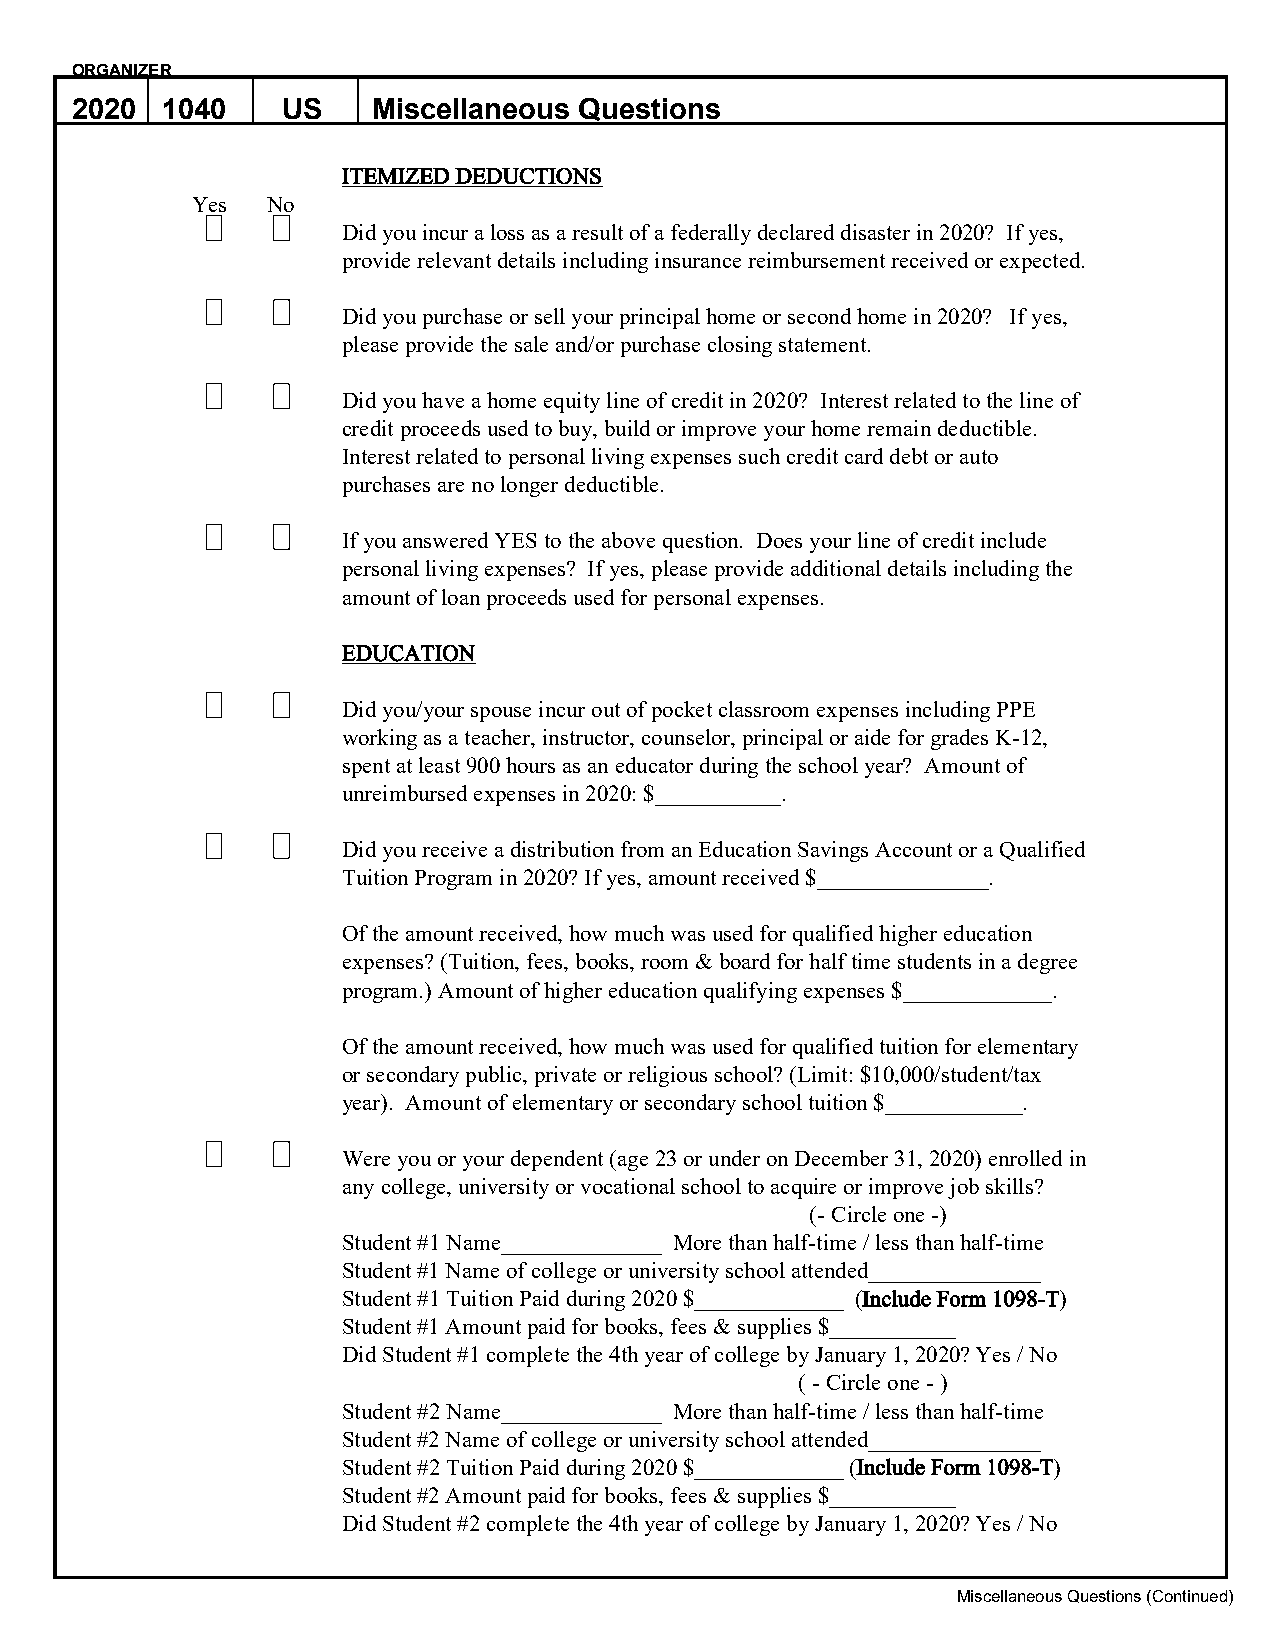
ORGANIZER
 2020  1040    US    Miscellaneous Questions
 ITEMIZED DEDUCTIONS
 Yes  No
 Did you incur a loss as a result of a federally declared disaster in 2020? If yes,
 provide relevant details including insurance reimbursement received or expected.
 Did you purchase or sell your principal home or second home in 2020? If yes,
 please provide the sale and/or purchase closing statement.
 Did you have a home equity line of credit in 2020? Interest related to the line of
 credit proceeds used to buy, build or improve your home remain deductible.
 Interest related to personal living expenses such credit card debt or auto
 purchases are no longer deductible.
 If you answered YES to the above question. Does your line of credit include
 personal living expenses? If yes, please provide additional details including the
 amount of loan proceeds used for personal expenses.
 EDUCATION
 Did you/your spouse incur out of pocket classroom expenses including PPE
 working as a teacher, instructor, counselor, principal or aide for grades K-12,
 spent at least 900 hours as an educator during the school year? Amount of
 unreimbursed expenses in 2020: $___________.
 Did you receive a distribution from an Education Savings Account or a Qualified
 Tuition Program in 2020? If yes, amount received $_______________.
 Of the amount received, how much was used for qualified higher education
 expenses? (Tuition, fees, books, room & board for half time students in a degree
 program.) Amount of higher education qualifying expenses $_____________.
 Of the amount received, how much was used for qualified tuition for elementary
 or secondary public, private or religious school? (Limit: $10,000/student/tax
 year). Amount of elementary or secondary school tuition $____________.
 Were you or your dependent (age 23 or under on December 31, 2020) enrolled in
 any college, university or vocational school to acquire or improve job skills?
 (- Circle one -)
 Student #1 Name______________ More than half-time / less than half-time
 Student #1 Name of college or university school attended_______________
 Student #1 Tuition Paid during 2020 $_____________ (Include Form 1098-T)
 Student #1 Amount paid for books, fees & supplies $___________
 Did Student #1 complete the 4th year of college by January 1, 2020? Yes / No
 ( - Circle one - )
 Student #2 Name______________ More than half-time / less than half-time
 Student #2 Name of college or university school attended_______________
 Student #2 Tuition Paid during 2020 $_____________ (Include Form 1098-T)
 Student #2 Amount paid for books, fees & supplies $___________
 Did Student #2 complete the 4th year of college by January 1, 2020? Yes / No
 Miscellaneous Questions (Continued)